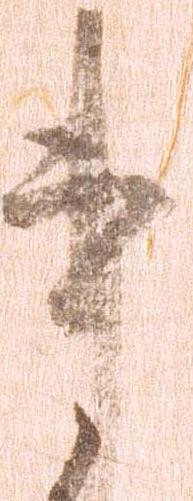
事